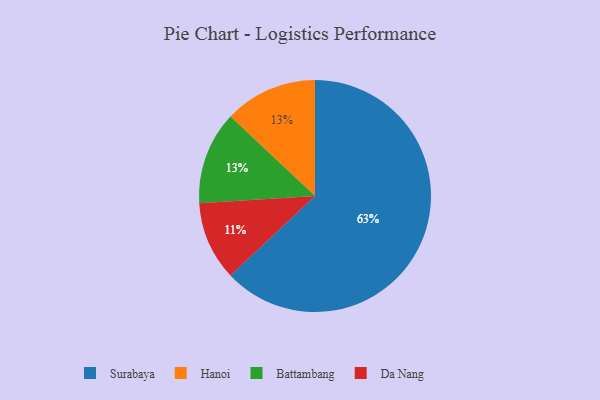
{"axis": {"x": "Category", "y": "Percentage"}, "legend": ["Battambang", "Da Nang", "Hanoi", "Surabaya"], "data": [{"x": "Hanoi", "y": 13, "type": "Hanoi"}, {"x": "Da Nang", "y": 11, "type": "Da Nang"}, {"x": "Surabaya", "y": 63, "type": "Surabaya"}, {"x": "Battambang", "y": 13, "type": "Battambang"}]}